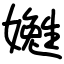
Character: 嬔